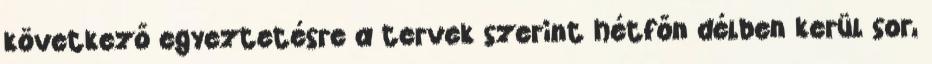
következő egyeztetésre a tervek szerint hétfőn délben kerül sor,